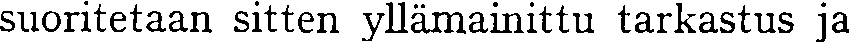
suoritetaan sitten yllämainittu tarkastus ja